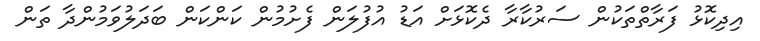
އިދިކޮޅު ފަރާތްތަކުން ސަރުކާރާ ދެކޮޅަށް އަޑު އުފުލަން ފެށުމުން ކަންކަން ބަދަލުވަމުންދާ ތަން